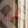
غير